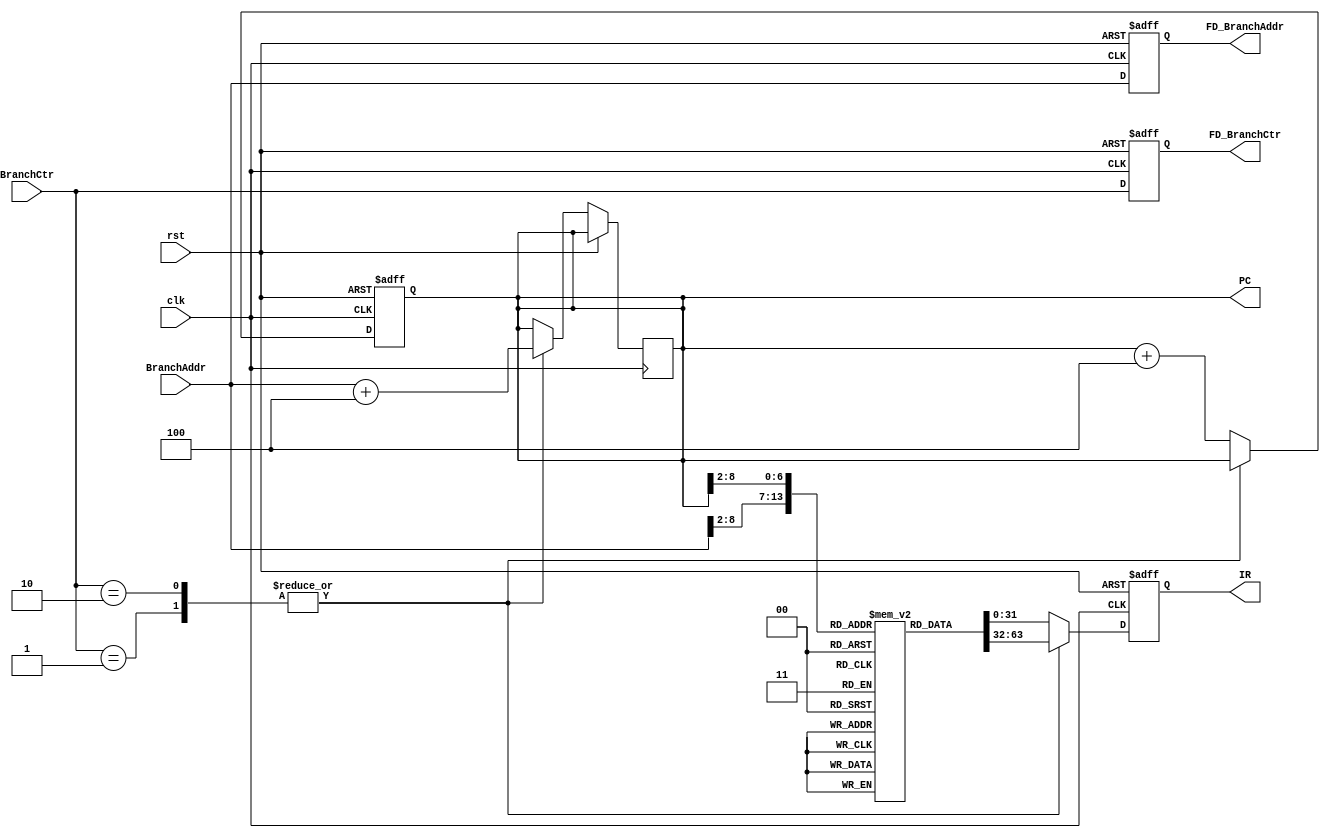
`timescale 1ns/1ps

module INSTRUCTION_FETCH(
	clk,
	rst,
	BranchCtr,
	BranchAddr,
	
	PC,
	IR,
	FD_BranchCtr,
	FD_BranchAddr
);

input clk, rst;
input [2:0] BranchCtr;
input [31:0] BranchAddr;
output reg [2:0] FD_BranchCtr;
output reg 	[31:0] PC, IR, FD_BranchAddr;

//instruction memory
reg [31:0] instruction [127:0];

//output instruction
always @(posedge clk or posedge rst)
begin
	if(rst)
		IR <= 32'd0;
	else
		begin
	    	case (BranchCtr)
				3'd1: // Branch
					begin
						IR <= instruction[BranchAddr[10:2]];
						PC <= BranchAddr+4;
					end
				3'd2: // jump
					begin
						IR <= instruction[BranchAddr[10:2]];
						PC <= BranchAddr+4;
					end
				default:
					begin
						IR <= instruction[PC[10:2]];
					end
			endcase
		end

end

// output program counter
always @(posedge clk or posedge rst)
begin
	if(rst)
		begin
			PC <= 32'd0;
			FD_BranchCtr <= 3'd0;
			FD_BranchAddr <= 32'd0;
		end
	else//add new PC address here, ex: branch, jump...
	    begin
	    //$display("IF: %b", BranchCtr);
	    	FD_BranchCtr <= BranchCtr;
			FD_BranchAddr <= BranchAddr;
	    	case (BranchCtr)
				3'd1: // Branch
					begin
						//if (BranchAddr[31] == 1'b0) begin
							//PC <= BranchAddr;
							$display("Blah! %d -- %d", PC, BranchAddr[16:0]);
						//end
						//else if (BranchAddr[31] == 1'b1)begin
							//$display("Here!");
							//PC <= (PC) + {15'b0, BranchAddr[16:0]};
							//$display("Nah! %b -- %b", PC, BranchAddr[16:0]);
						//end
						//$display("1PC: %b", PC);
						//$display("??! %b -- %b", PC, BranchAddr);
					end
				3'd2: // jump
					begin
						//PC <= BranchAddr;
					end
				default:
					begin
						PC <= PC + 4;
					end
			endcase
			//PC <= PC + 4;
			
	    end
end

endmodule